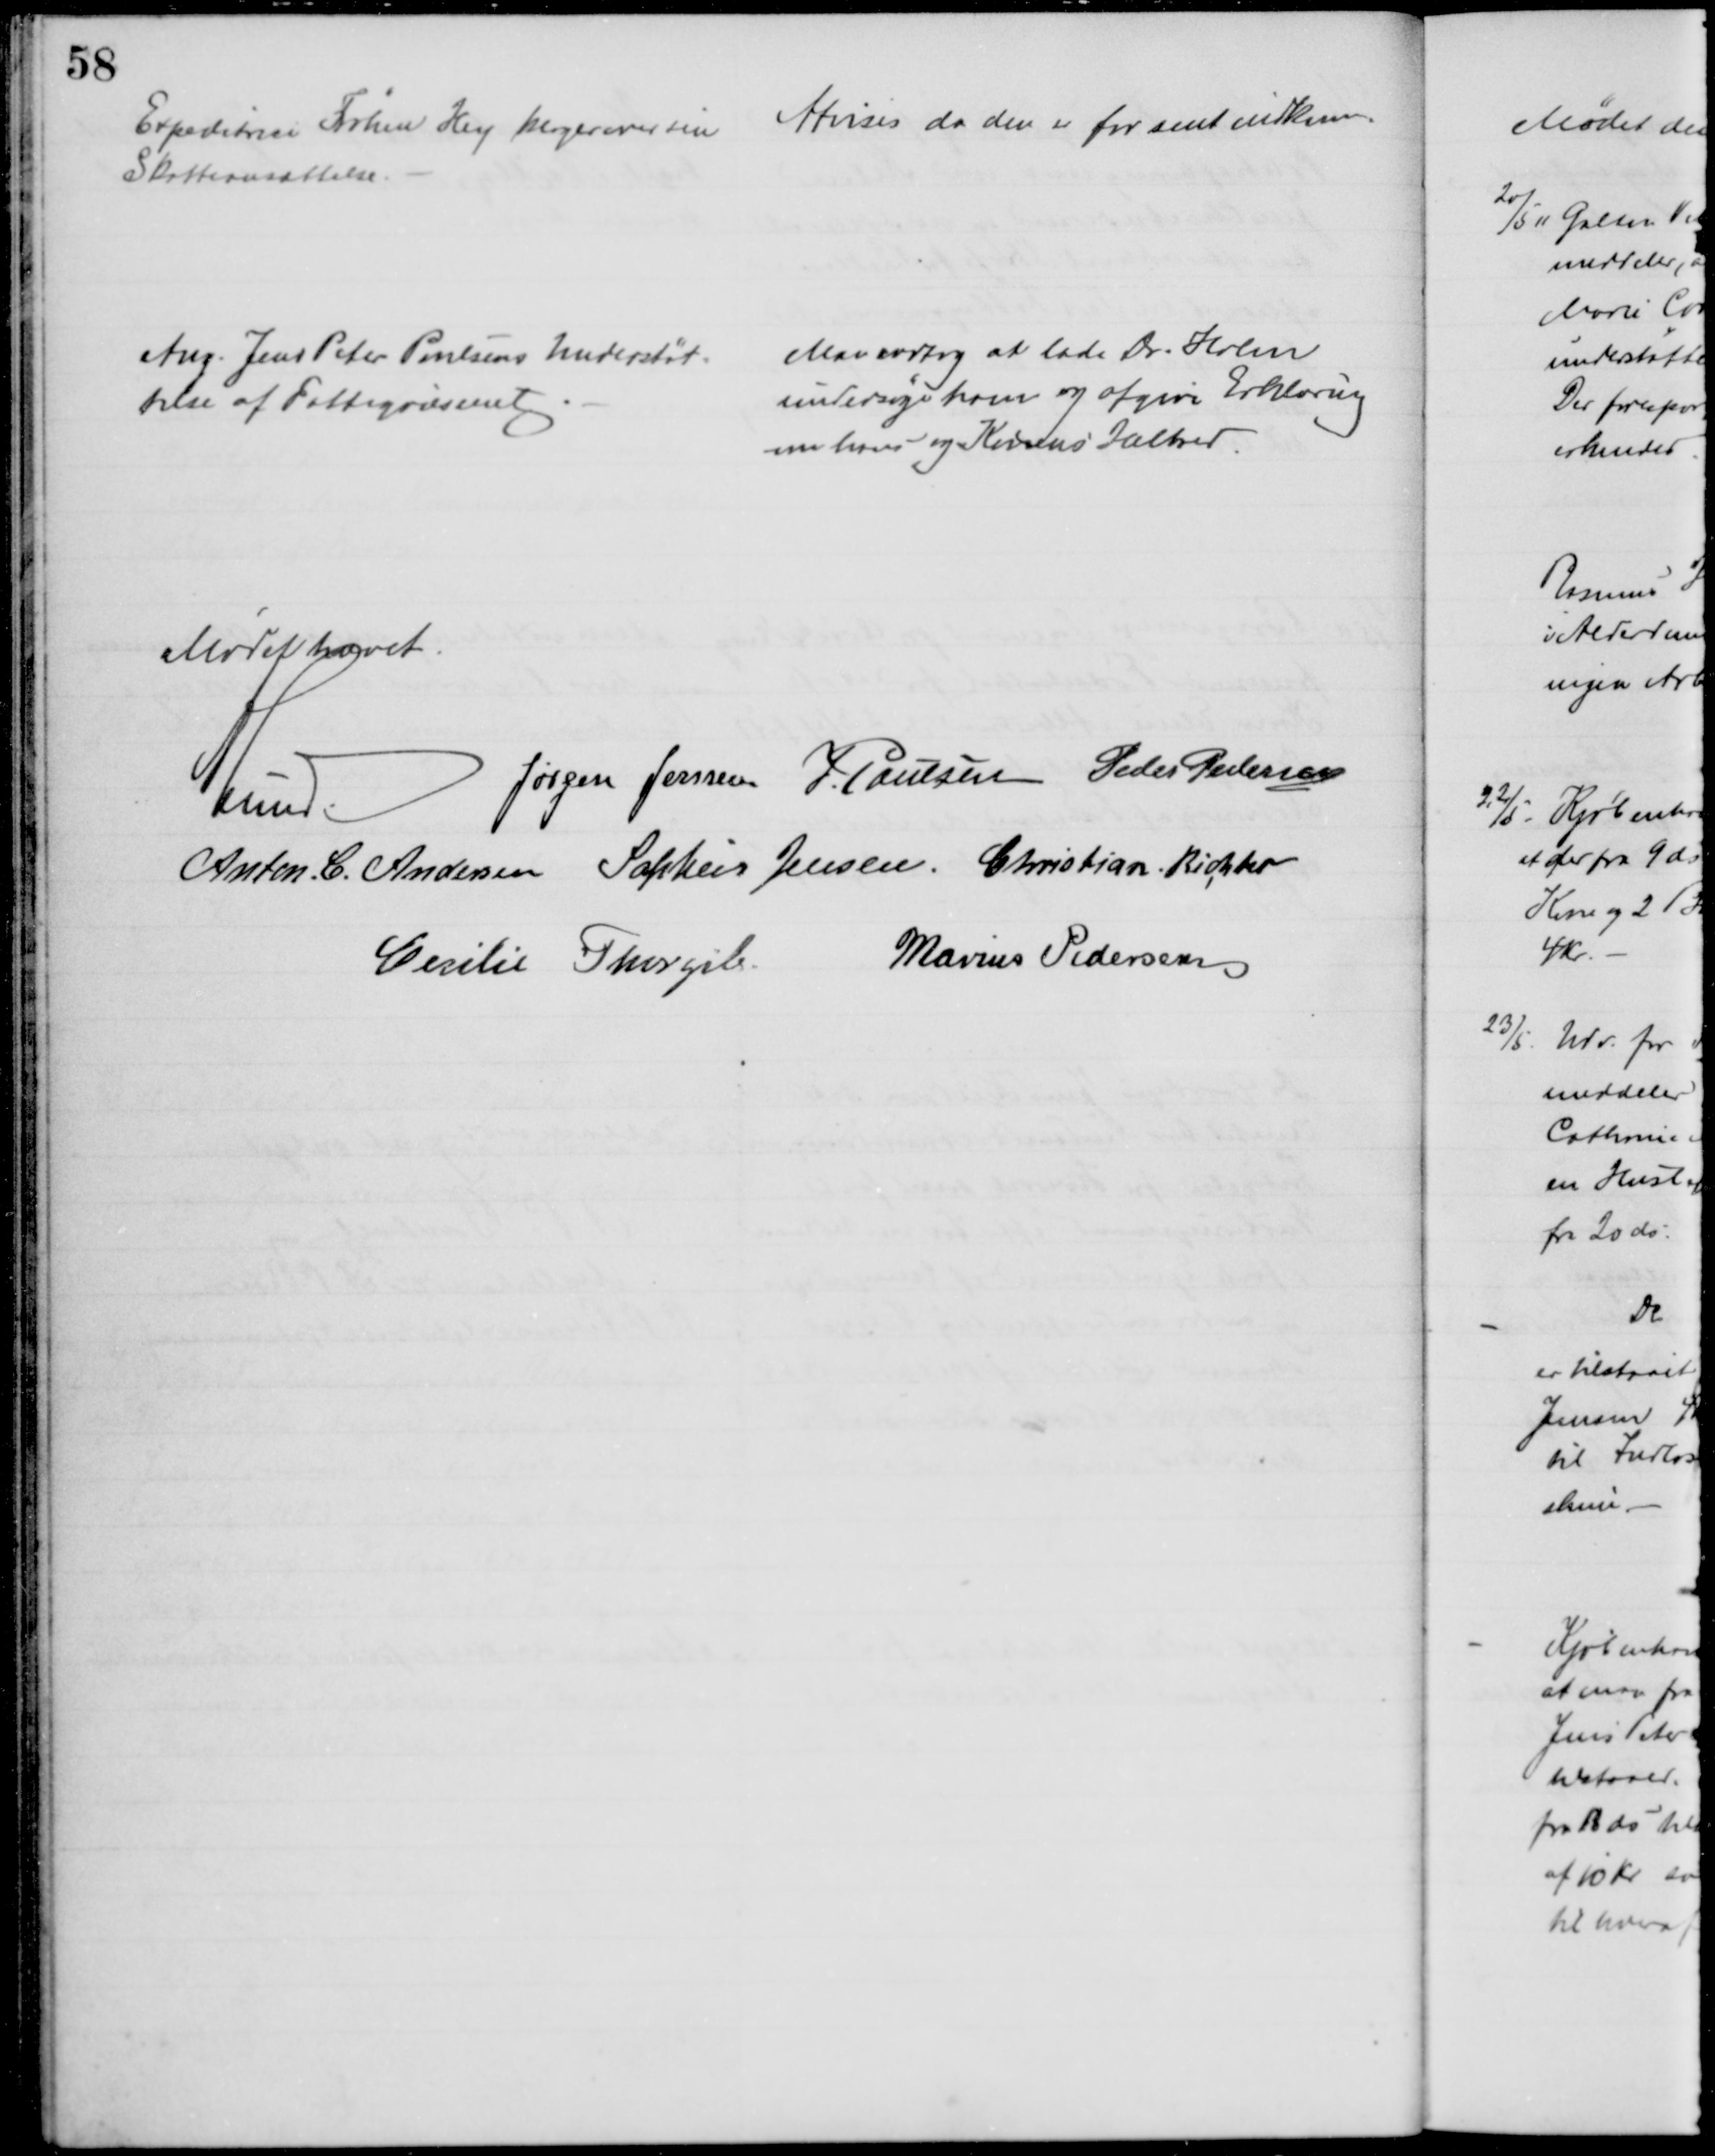
Transskription:
Expeditrice Frøken Hey klager over sin
Skatteansættelse.
Afvises da den er for sent indkommen
Ang. Jens Peter Poulsens Understøt=
telse af Fattigvæsenet
Man vedtog at lade Dr. Holm
undersøge ham og afgive Erklæring
om hans og Konens Helbred.
Mødet hævet.
A Lund. 
Jørgen Jensen J. Poulsen Peder Pedersen
Anton. C. Andersen Sophus Jensen. Christian Richter
Cecilie Thorgils.
Marius Pedersen